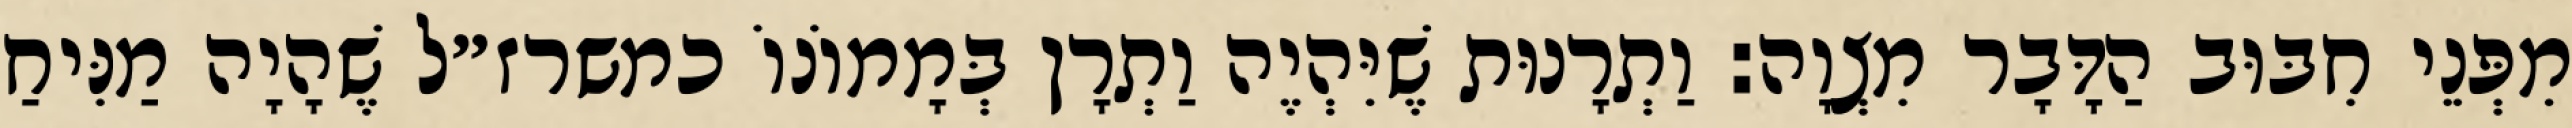
מִפְּנֵי חִבּוּב הַדָּבָר מִצְוָה: וַתְרָנוּת שֶׁיִּהְיֶה וַתְרָן בְּמָמוֹנוֹ כמשרז״ל שֶׁהָיָה מַנִּיחַ